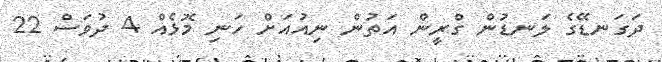
ދަގަނޑޭގެ ލަނޑުން ގްރީން އަތުން ނިއުއަށް ހަނި މޮޅެއް 4 ދުވަސް 22